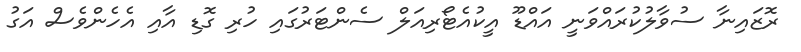
ރޮޒައިނާ ސުވާލުކުރައްވަނީ އައްޑޫ އީކުއެޓޯރިއަލް ސެންޓަރުގައި ހުރި ގޮޑި އާއި އެހެންވެސް އަގު